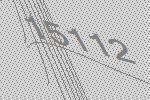
15112